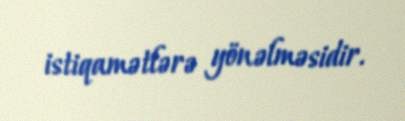
istiqamətlərə yönəlməsidir.